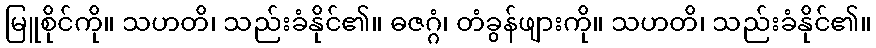
မြူစိုင်ကို။ သဟတိ၊ သည်းခံနိုင်၏။ ဓဇဂ္ဂံ၊ တံခွန်ဖျားကို။ သဟတိ၊ သည်းခံနိုင်၏။